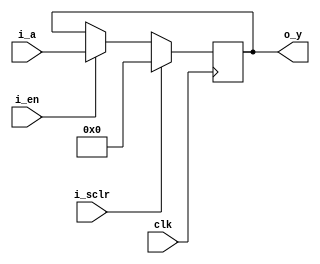
`ifndef _flopr_en
`define _flopr_en

module flopr_en #(
  parameter WIDTH = 32
) (
  input wire clk, i_sclr, i_en,
  input wire [WIDTH-1:0] i_a,
  output reg [WIDTH-1:0] o_y
);
  always @(posedge clk) begin
    if (i_sclr) begin
      o_y <= {WIDTH{1'b0}};
    end else if (i_en) begin
      o_y <= i_a;
    end
  end
endmodule

`endif